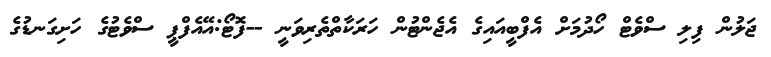
ޖަލުން ފިލި ސްވެޓް ހޯދުމަށް އެފްބީއައިގެ އެޖެންޓުން ހަރަކާތްތެރިވަނީ --ފޮޓޯ:އޭއެފްޕީ ސްވެޓުގެ ހަށިގަނޑުގެ